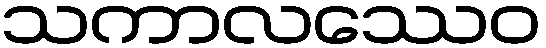
သကာလဿေဝ